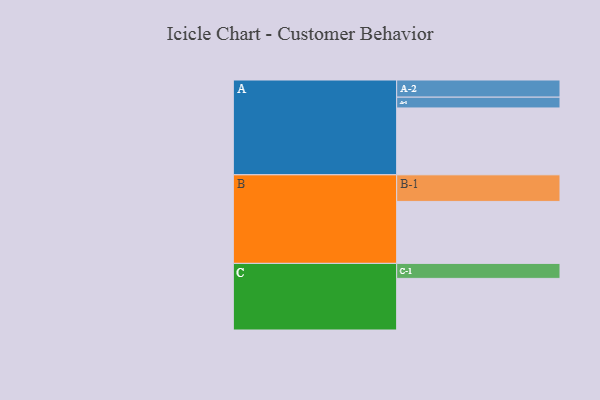
{"axis": {"x": "Segment", "y": "Value"}, "legend": ["", "A", "B", "C"], "data": [{"x": "A", "y": 588, "type": ""}, {"x": "B", "y": 545, "type": ""}, {"x": "C", "y": 454, "type": ""}, {"x": "A-1", "y": 95, "type": "A"}, {"x": "A-2", "y": 151, "type": "A"}, {"x": "B-1", "y": 234, "type": "B"}, {"x": "C-1", "y": 132, "type": "C"}]}